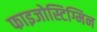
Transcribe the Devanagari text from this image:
फाइजोस्टिग्मिन